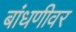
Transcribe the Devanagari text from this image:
बांधणीवर